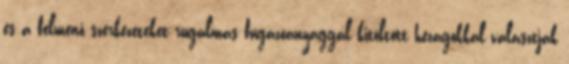
és a felmenő szerkezeteket rugalmas fugázóanyaggal kitöltött hézagokkal választják